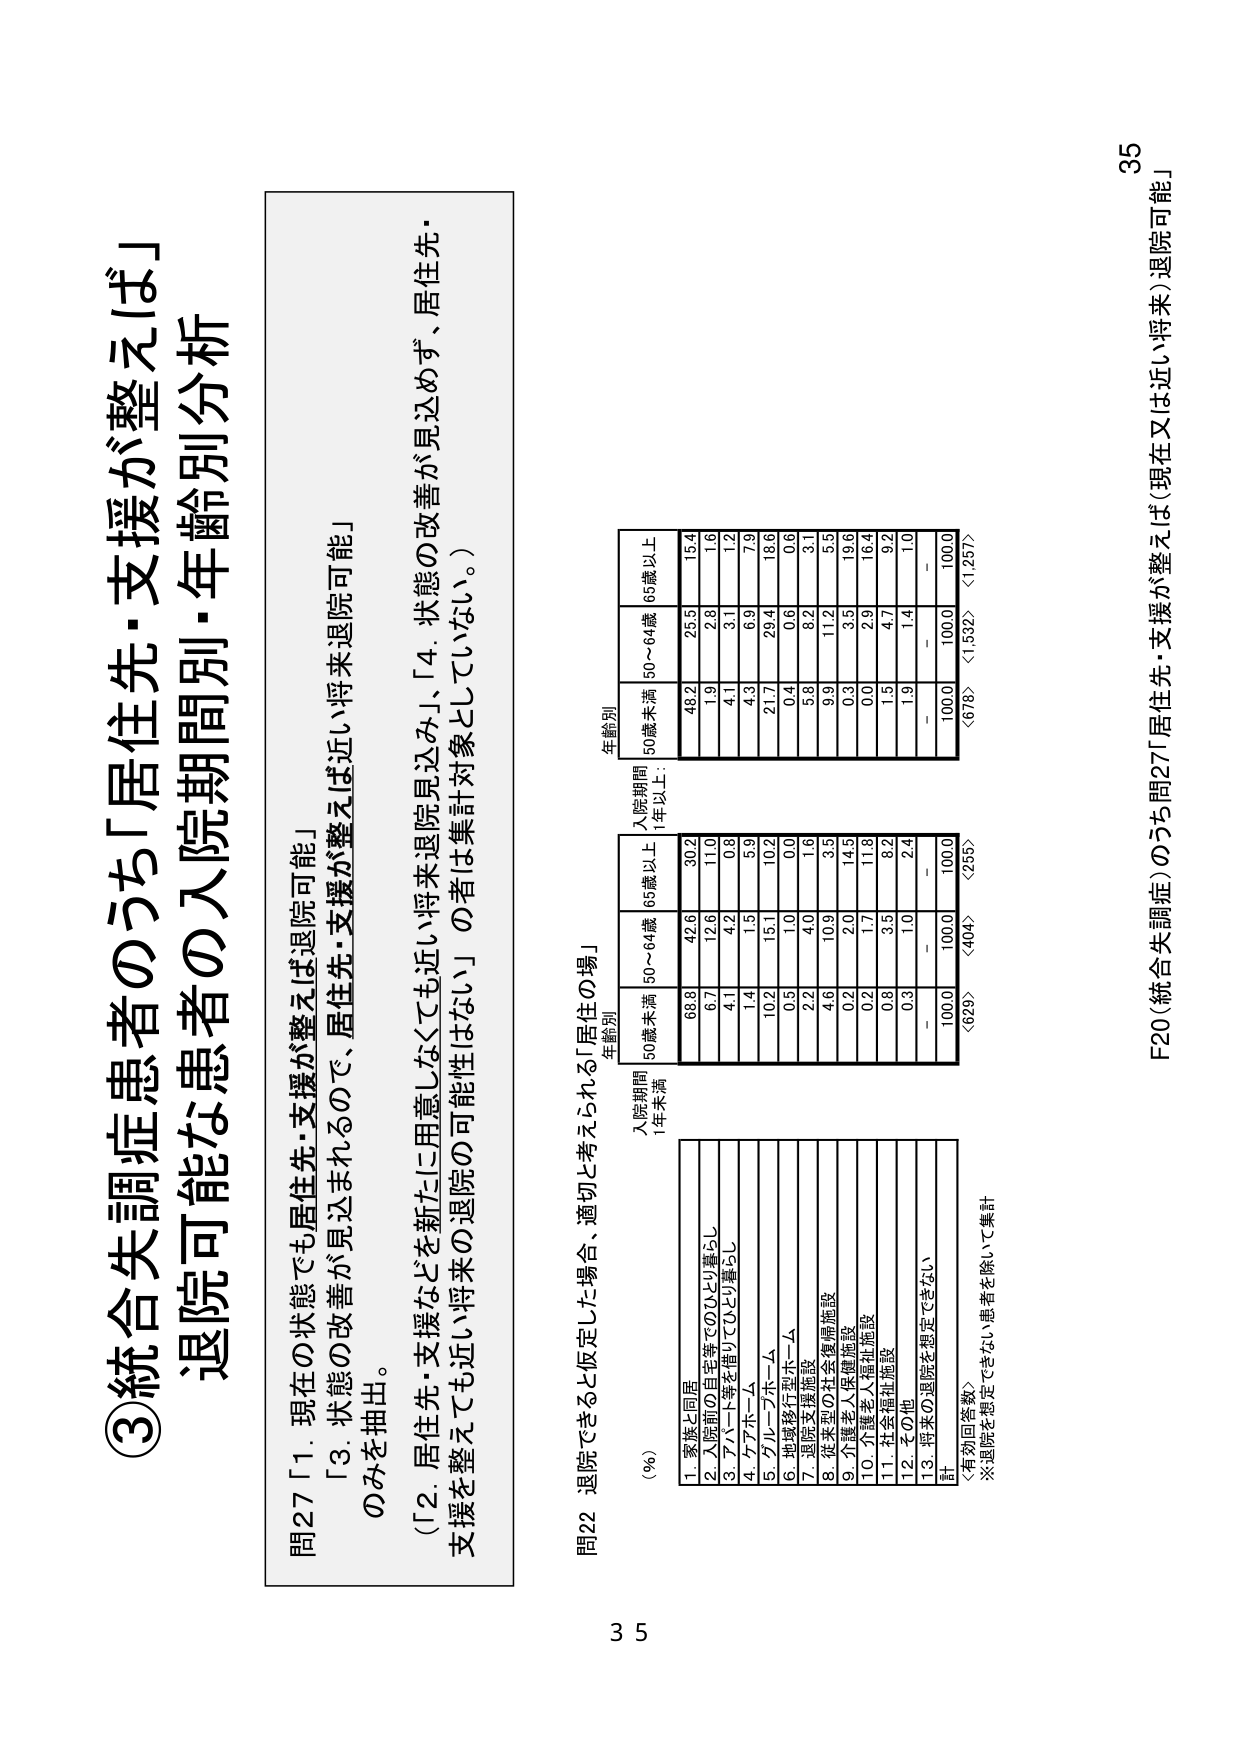
③統合失調症患者のうち「居住先・支援が整えば」
退院可能な患者の入院期間別・年齢別分析

問27「1. 現在の状態でも居住先・支援が整えば退院可能」
「3. 状態の改善が見込まれるので、居住先・支援が整えば近い将来退院可能」
のみを抽出。
（「2. 居住先・支援などを新たに用意しなくても近い将来退院見込み」、「4. 状態の改善が見込めず、居住先・支援を整えても近い将来の退院の可能性はない」の者は集計対象としていない。）

問22 退院できると仮定した場合、適切と考えられる「居住の場」

（％）
1. 家族と同居
2. 入院前の自宅等でのひとり暮らし
3. アパート等を借りてひとり暮らし
4. グループホーム
5. グループホーム
6. 地域移行型ホーム
7. 退院支援施設
8. 従来型の社会復帰施設
9. 介護老人保健施設
10. 介護老人福祉施設
11. 社会福祉施設
12. その他
13. 将来の退院を想定できない
計
（有効回答数）
※退院を想定できない患者を除いて集計

入院期間
1年未満
年齢別
50歳未満 50～64歳 65歳以上
68.8 42.6 30.2
6.7 12.6 11.0
4.1 4.2 0.8
1.4 1.5 5.9
10.2 15.1 10.2
0.5 1.0 0.0
2.2 4.0 1.6
4.6 10.9 3.5
0.2 2.0 14.5
0.2 1.7 11.8
0.8 3.5 8.2
0.3 1.0 2.4
- - -
100.0 100.0 100.0
〈628〉 〈404〉 〈255〉

入院期間
1年以上
年齢別
50歳未満 50～64歳 65歳以上
48.2 25.5 15.4
1.9 2.8 1.6
4.1 3.1 1.2
4.3 6.3 7.3
21.7 29.4 18.6
0.4 0.6 0.6
5.8 8.2 3.1
9.9 11.2 5.5
0.3 3.5 19.6
0.0 2.9 16.4
1.5 4.7 9.2
1.9 1.4 1.0
- - -
100.0 100.0 100.0
〈678〉 〈1,532〉 〈1,257〉

F20（統合失調症）のうち問27「居住先・支援が整えば（現在又は近い将来）退院可能」
35
35